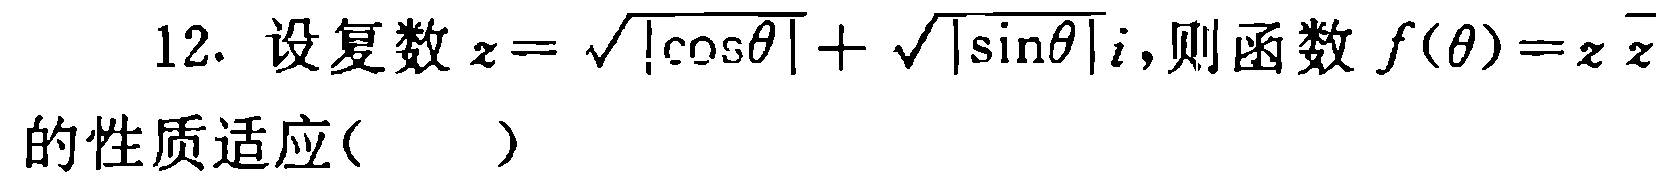
12. 设复数\(z = \sqrt{|\cos\theta|}+\sqrt{|\sin\theta|}i\)，则函数\(f(\theta)=z\overline{z}\)的性质适应( )